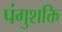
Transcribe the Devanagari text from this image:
पंगुशक्ति